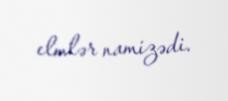
elmlər namizədi.